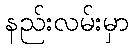
နည်းလမ်းမှာ